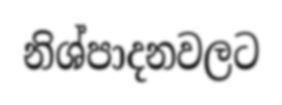
නිශ්පාදනවලට